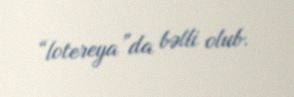
“lotereya”da bəlli olub.